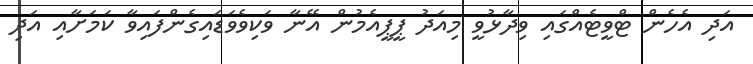
އަދި އެހެން ޓްވީޓެއްގައި ވިދާޅުވީ މިއަދު ޕީޕީއެމުން އޭނާ ވަކިވެވަޑައިގެންފައިވާ ކަމަށާއި އަދި